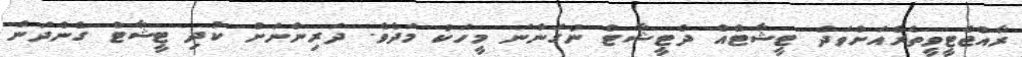
ރާއްޖެޓީވީތެރެއަށްވަދެ ޓީޝާޓެއް ދެޓީޝާޓް ނުގަންނަ މީހަކު މަދެވެ. ދަރިންނަށް ކުދި ޓީޝާޓް ގެންދަން